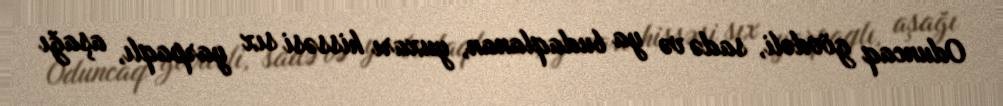
Oduncaq gövdəli, sadə və ya budaqlanan, yuxarı hissəsi sıx yarpaqlı, aşağı